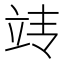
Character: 𰩢